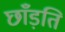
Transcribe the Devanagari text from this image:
छाँड़ति